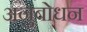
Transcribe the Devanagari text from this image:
अनुबोधन